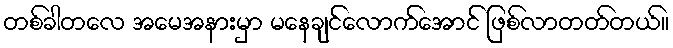
တစ်ခါတလေ အမေအနားမှာ မနေချင်လောက်အောင် ဖြစ်လာတတ်တယ်။